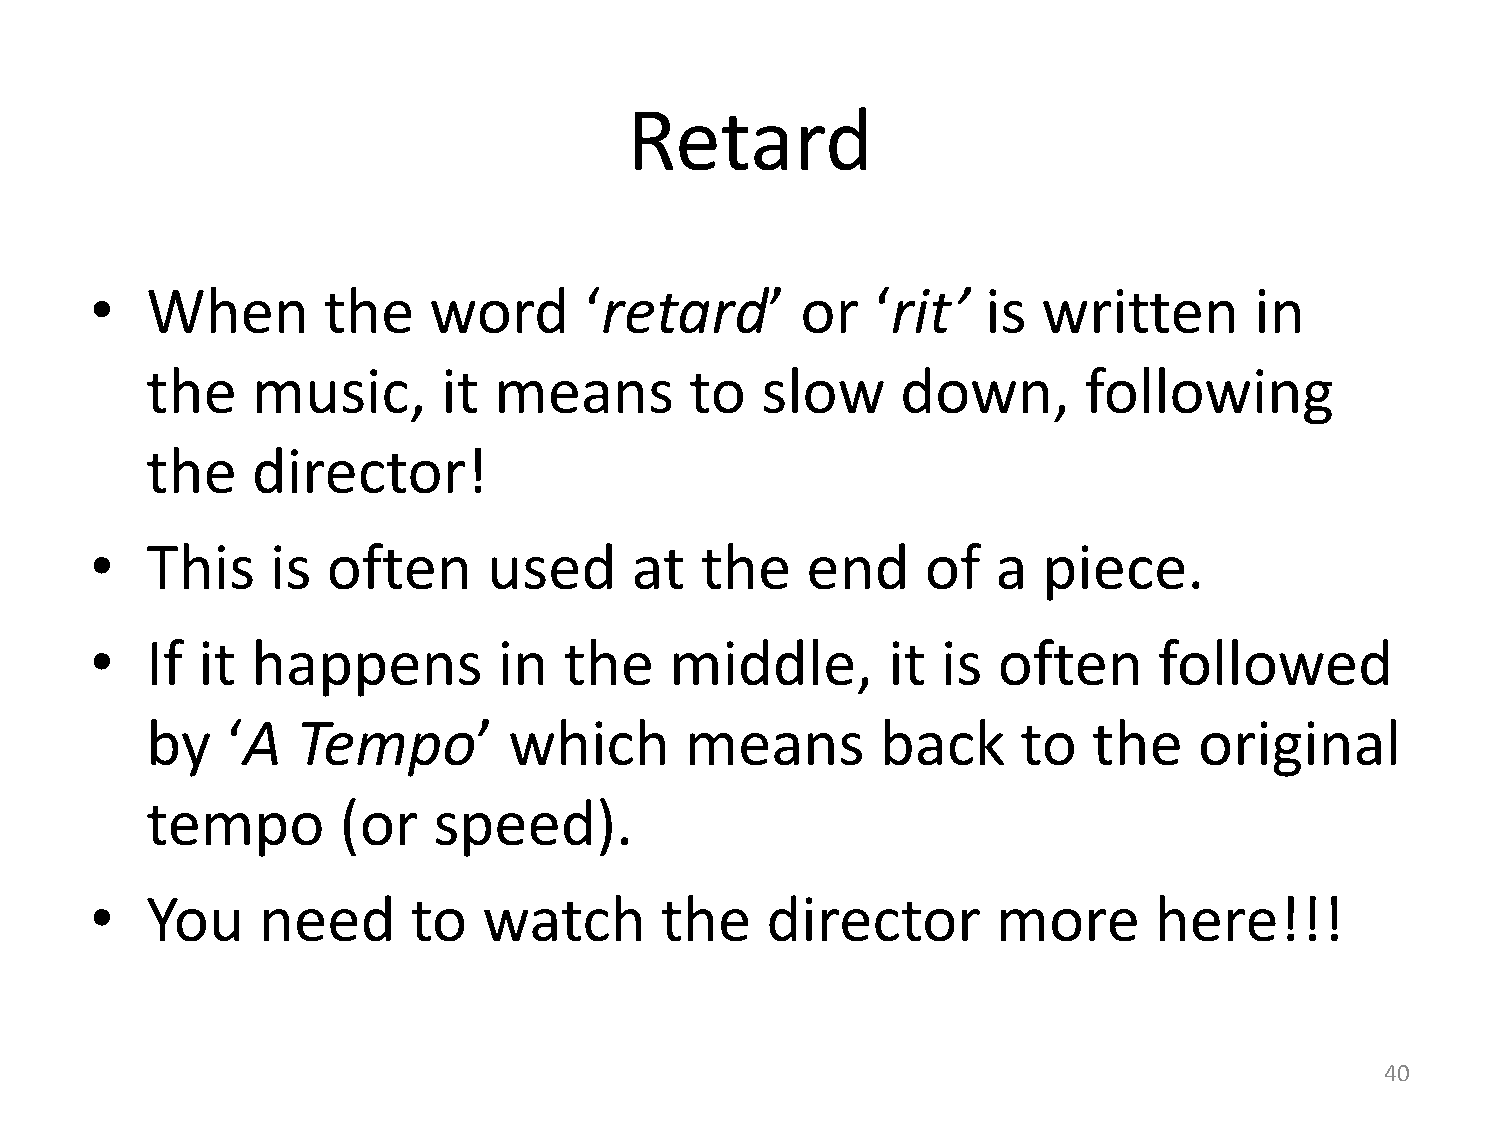
Retard
 •   When       the    word       ‘retard’      or   ‘rit’  is  written       in
 the    music,      it  means        to  slow      down,       following
 the    director!
 •   This    is  often     used      at  the    end     of   a  piece.
 •   If it  happens         in  the    middle,        it is  often      followed
 by   ‘A   Tempo’        which      means        back      to  the    original
 tempo       (or    speed).
 •   You    need      to   watch       the    director       more      here!!!
 40